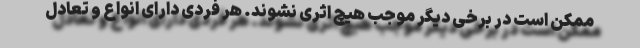
ممکن است در برخی دیگر موجب هیچ اثری نشوند. هر فردی دارای انواع و تعادل